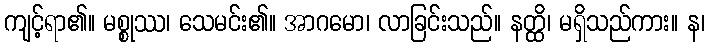
ကျင့်ရာ၏။ မစ္စုဿ၊ သေမင်း၏။ အာဂမော၊ လာခြင်းသည်။ နတ္ထိ၊ မရှိသည်ကား။ န၊